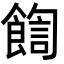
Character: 𩜺